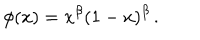
LaTeX: \phi ( x ) = x ^ { \beta } ( 1 - x ) ^ { \beta } \, .